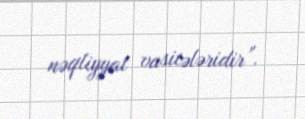
nəqliyyat vasitələridir”.